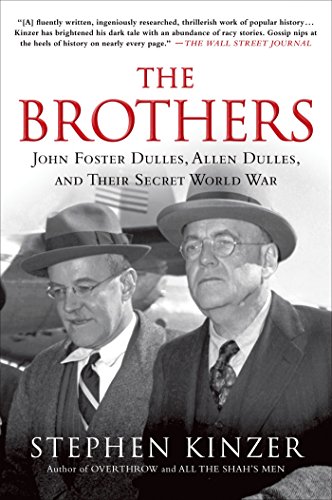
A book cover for The Brothers: John Foster Dulles, Allen Dulles, and Their Secret World War; Stephen Kinzer; Biographies & Memoirs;